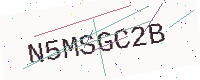
Text: N5MSGC2B